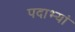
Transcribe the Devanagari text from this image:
पदाभ्यां